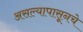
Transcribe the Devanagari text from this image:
असल्यापासूनचे